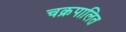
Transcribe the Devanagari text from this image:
चक्रपालित